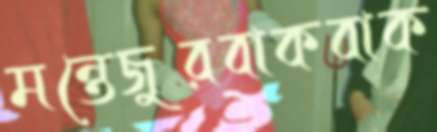
মন্তেজুরবাকবাক